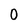
Character: 0